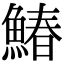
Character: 鰆